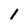
Character: 1